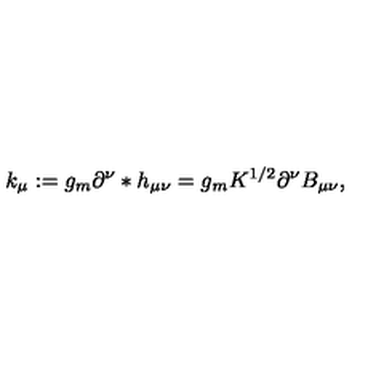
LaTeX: k _ { \mu } : = g _ { m } \partial ^ { \nu } * h _ { \mu \nu } = g _ { m } K ^ { 1 / 2 } \partial ^ { \nu } B _ { \mu \nu } ,